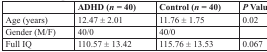
|  | ADHD (n = 40) | Control (n = 40) | P Value |
 | --- | --- | --- | --- |
 | Age (years) | 12.47 ± 2.01 | 11.76 ± 1.75 | 0.02 |
 | Gender (M/F) | 40/0 | 40/0 |  |
 | Full IQ | 110.57 ± 13.42 | 115.76 ± 13.53 | 0.067 |